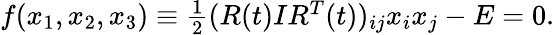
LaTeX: \begin{array}{r}{f(x_{1},x_{2},x_{3})\equiv\frac 12(R(t)IR^{T}(t))_{ij}x_{i}x_{j}-E=0.}\end{array}